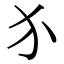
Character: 𬌩